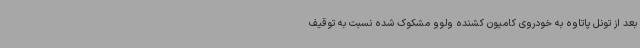
بعد از تونل پاتاوه به خودروی کامیون کشنده ولوو مشکوک شده نسبت به توقیف